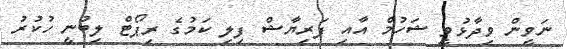
ނަވީން ވިދާޅުވީ ޝަހުމް އާއި ފަރިޔާޝް ފިލި ކަމުގެ ރިޕޯޓް ލިބުނީ ހުކުރު